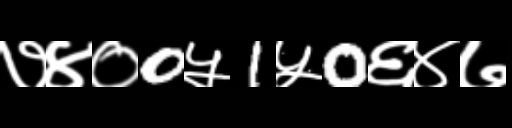
Text: ७४०0५1५0६४७